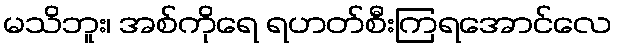
မသိဘူး၊ အစ်ကိုရေ ရဟတ်စီးကြရအောင်လေ